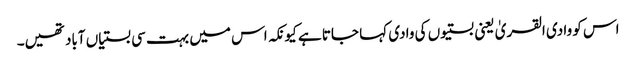
اس کو وادی القریٰ یعنی بستیوں کی وادی کہا جاتا ہے کیونکہ اس میں بہت سی بستیاں آباد تھیں۔